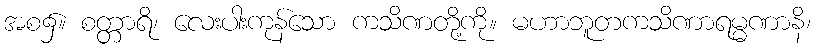
အစ၌။ စတ္တာရိ၊ လေးပါးကုန်သော ကသိဏတို့ကို။ မဟာဘူတကသိဏာရမ္မဏာနိ၊